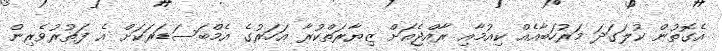
އެގޮތުން ކުލަގަދަ މަރުހަބާއެއް ކިއުމާއި ރާއްޖެއަށް ޒިޔާރަތްކުރާ އަހަރުގެ އެމްބަސަޑަރަކަށް އެ ފަތުރުވެރިން